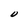
Character: O